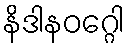
နိဒါနဝဂ္ဂေါ